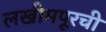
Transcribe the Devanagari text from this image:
लखीमपूरची